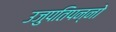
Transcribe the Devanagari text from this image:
उजुपतिपन्नो